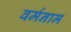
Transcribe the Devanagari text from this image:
वर्मनाम